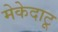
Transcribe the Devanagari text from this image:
मेकेदाटू